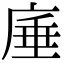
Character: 𭙣